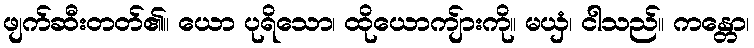
ဖျက်ဆီးတတ်၏။ ယော ပုရိသော၊ ထိုယောကျ်ားကို။ မယှံ၊ ငါသည်။ ကန္တော၊